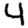
Digit: 4